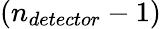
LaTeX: (n_{detector}-1)